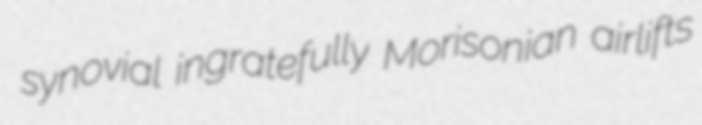
synovial ingratefully Morisonian airlifts